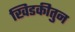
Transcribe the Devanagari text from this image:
खिडकीतुन